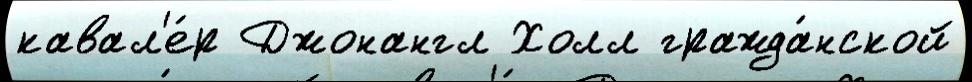
кавал'е́р Джонангл Холл гражда́нской